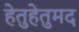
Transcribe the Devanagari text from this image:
हेतुहेतुमद